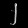
Digit: ၂